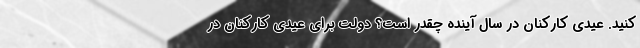
کنید. عیدی کارکنان در سال آینده چقدر است؟ دولت برای عیدی کارکنان در